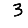
Digit: 3